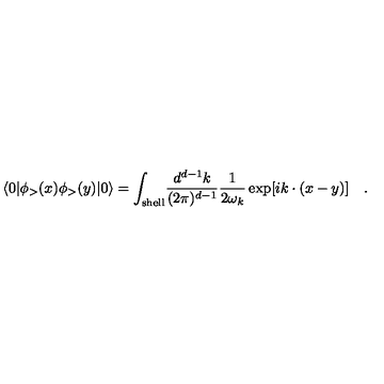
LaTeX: \langle 0 | \phi _ { > } ( x ) \phi _ { > } ( y ) | 0 \rangle = \int _ { \mathrm { s h e l l } } \! { \frac { d ^ { d - 1 } k } { ( 2 \pi ) ^ { d - 1 } } } { \frac { 1 } { 2 \omega _ { k } } } \exp [ i k \cdot ( x - y ) ] \quad .